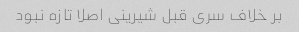
بر خلاف سری قبل شیرینی اصلا تازه نبود